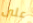
على